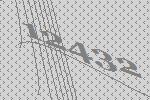
12432